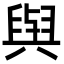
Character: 𫟋